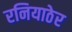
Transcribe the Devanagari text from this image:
रनियाठेर